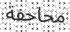
محاجفة